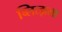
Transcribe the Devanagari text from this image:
ब्लित्झला